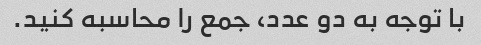
با توجه به دو عدد، جمع را محاسبه کنید.